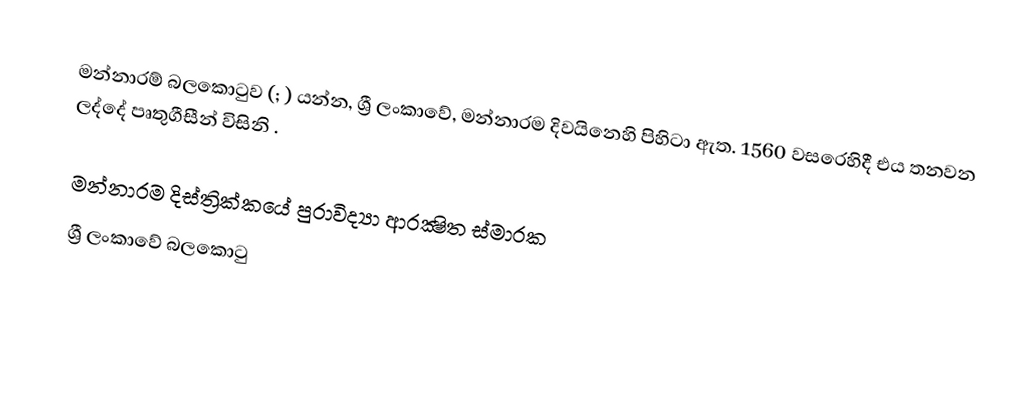
මන්නාරම් බලකොටුව (; ) යන්න,  ශ්‍රී ලංකාවේ, මන්නාරම දිවයිනෙහි පිහිටා ඇත. 1560 වසරෙහිදී එය තනවන ලද්දේ පෘතුගීසීන් විසිනි  .

මන්නාරම දිස්ත්‍රික්කයේ පුරාවිද්‍යා ආරක්‍ෂිත ස්මාරක
ශ්‍රී ලංකාවේ බලකොටු